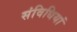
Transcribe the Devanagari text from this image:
संविधियां